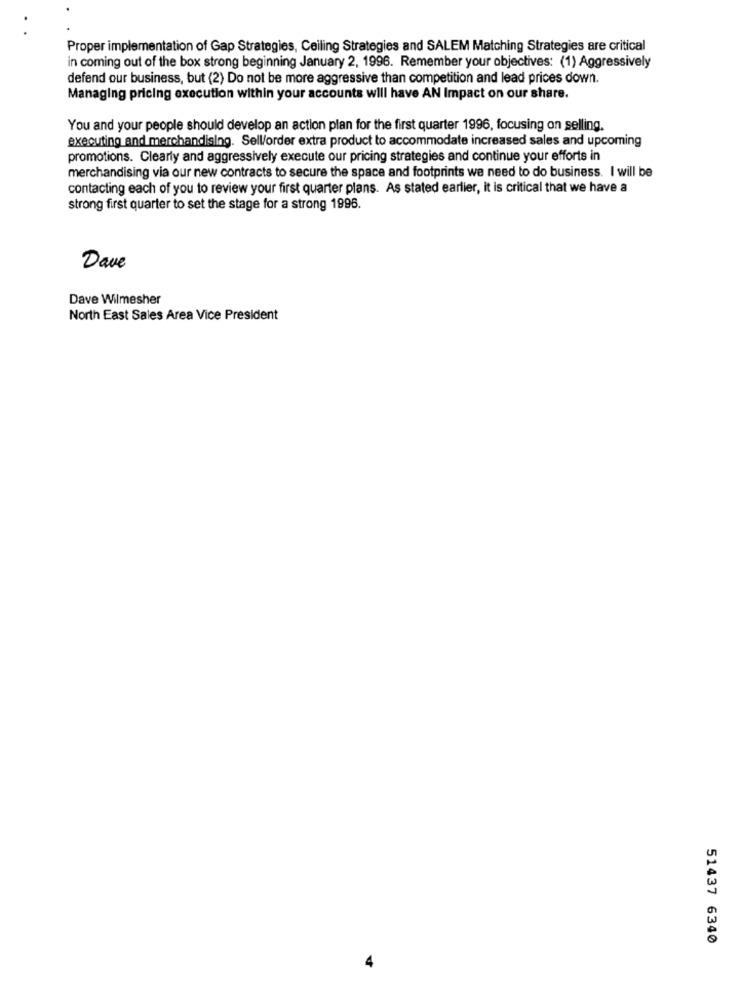
Proper implementation of Gap Strategies, Ceiling Strategies and SALEM Matching Strategies are critical
in coming out of the box strong beginning January 2, 1996. Remember your objectives: (1) Aggressively
defend our business, but (2) Do not be more aggressive than competition and lead prices down.
Managing pricing execution within your accounts will have AN Impact on our share.
You and your people should develop an action plan for the first quarter 1996, focusing on selling.
executing and merchandising. Sell/order extra product to accommodate increased sales and upcoming
promotions. Clearly and aggressively execute our pricing strategies and continue your efforts in
merchandising via our new contracts to secure the space and footprints we need to do business. I will be
contacting each of you to review your first quarter plans. As stated earlier, it is critical that we have a
strong first quarter to set the stage for a strong 1996.
Dave
Dave Wilmesher
North East Sales Area Vice President
51437 6340